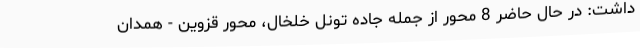
داشت: در حال حاضر 8 محور از جمله جاده تونل خلخال، محور قزوین - همدان